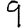
Digit: 9